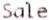
SALE